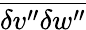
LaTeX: \overline{{{\delta v^{\prime\prime}\delta w^{\prime\prime}}}}